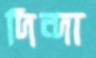
দিন্দা